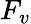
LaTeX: F_{v}